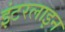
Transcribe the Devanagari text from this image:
इंटरलाइन